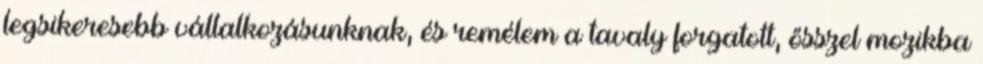
legsikeresebb vállalkozásunknak, és remélem a tavaly forgatott, ősszel mozikba